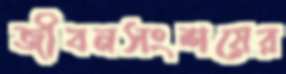
জীবনসংশয়ের